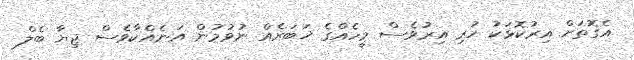
އެގޮތަށް އިރުކޮޅަކު ހުރި އިރުވެސް މީހެއްގެ ޚަބަރެއް ނުވުމުން އަނެއްކާވެސް ޖިޔާ ބެލް